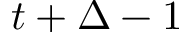
t + \Delta - 1